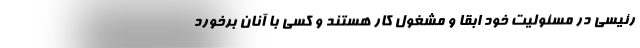
رئیسی در مسئولیت خود ابقا و مشغول کار هستند و کسی با آنان برخورد